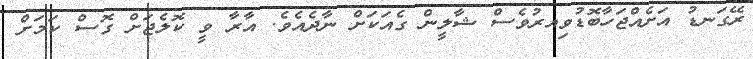
ރޭގަނޑު އަށެއްޖަހާބޮޑުވިއރުވެސް ޝާލީން ގެއަކަށް ނާދެއެވެ. އާރާ ވީ ކޮލެޖަށް ގޮސް ކަމަށް